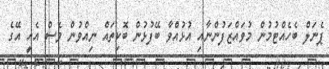
ޕެނަލް ބެހެއްޓުމުން މުވައްޒަފުންނާއި އުޅުއްވާ ބޭފުޅުން ބޮކިތައް ނިއްވުން ވެސް އެއީ އޭގެ